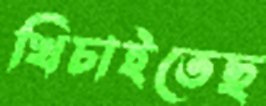
খিচাইতেছ